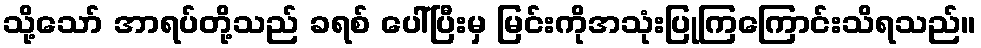
သို့သော် အာရပ်တို့သည် ခရစ် ပေါ်ပြီးမှ မြင်းကိုအသုံးပြုကြကြောင်းသိရသည်။